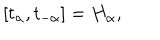
[ t _ { \alpha } , t _ { - \alpha } ] = H _ { \alpha } ,